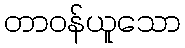
တာဝန်ယူသော